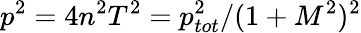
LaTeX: p^{2}=4n^{2}T^{2}=p_{tot}^{2}/(1+M^{2})^{2}